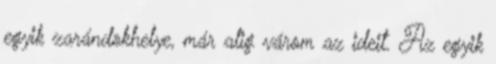
egyik zarándokhelye, már alig várom az ideit. Az egyik